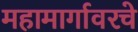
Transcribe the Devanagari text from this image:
महामार्गावरचे